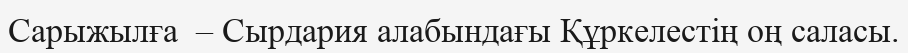
Сарыжылға  – Сырдария алабындағы Құркелестің оң саласы.